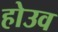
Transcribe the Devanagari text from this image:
होउव